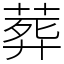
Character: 葬